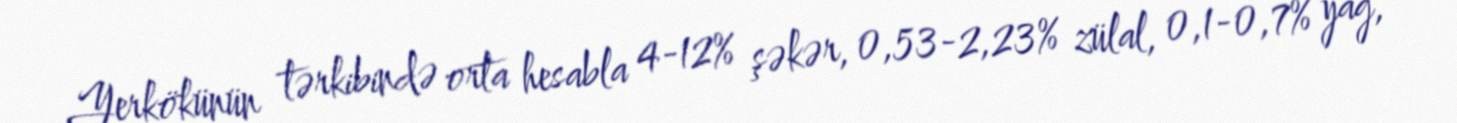
Yerkökünün tərkibində orta hesabla 4-12% şəkər, 0,53-2,23% zülal, 0,1-0,7% yağ,